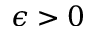
\epsilon > 0